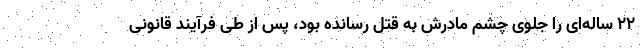
۲۲ ساله‌ای را جلوی چشم مادرش به قتل رسانده بود، پس از طی فرآیند قانونی